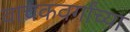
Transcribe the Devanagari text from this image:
वाचकवर्गांच्या